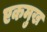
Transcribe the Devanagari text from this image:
एकमुख